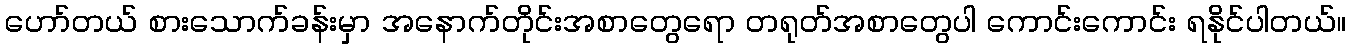
ဟော်တယ် စားသောက်ခန်းမှာ အနောက်တိုင်းအစာတွေရော တရုတ်အစာတွေပါ ကောင်းကောင်း ရနိုင်ပါတယ်။